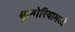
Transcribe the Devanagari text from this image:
बुल्गेरियामध्ये